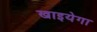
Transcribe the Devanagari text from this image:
खाइयेगा